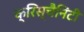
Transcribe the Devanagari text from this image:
क्रिस्चैनिटी